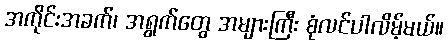
အကိုင်းအခက်၊ အရွက်တွေ အများကြီး စုံလင်ပါလိမ့်မယ်။